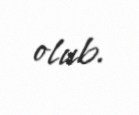
olub.